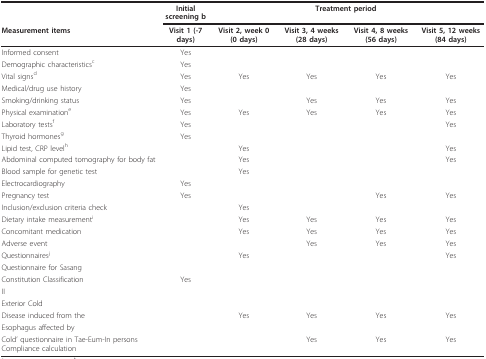
<table><thead><tr><td></td><td><b>Initial screening b</b></td><td></td><td colspan="2"><b>Treatment period</b></td><td></td></tr><tr><td><b>Measurement items</b></td><td><b>Visit 1 (-7 days)</b></td><td><b>Visit 2, week 0 (0 days)</b></td><td><b>Visit 3, 4 weeks (28 days)</b></td><td><b>Visit 4, 8 weeks (56 days)</b></td><td><b>Visit 5, 12 weeks (84 days)</b></td></tr></thead><tbody><tr><td>Informed consent</td><td>Yes</td><td></td><td></td><td></td><td></td></tr><tr><td>Demographic characteristics<sup>c</sup></td><td>Yes</td><td></td><td></td><td></td><td></td></tr><tr><td>Vital signs<sup>d</sup></td><td>Yes</td><td>Yes</td><td>Yes</td><td>Yes</td><td>Yes</td></tr><tr><td>Medical/drug use history</td><td>Yes</td><td></td><td></td><td></td><td></td></tr><tr><td>Smoking/drinking status</td><td>Yes</td><td></td><td>Yes</td><td>Yes</td><td>Yes</td></tr><tr><td>Physical examination<sup>e</sup></td><td>Yes</td><td>Yes</td><td>Yes</td><td>Yes</td><td>Yes</td></tr><tr><td>Laboratory tests<sup>f</sup></td><td>Yes</td><td></td><td></td><td></td><td>Yes</td></tr><tr><td>Thyroid hormones<sup>g</sup></td><td>Yes</td><td></td><td></td><td></td><td></td></tr><tr><td>Lipid test, CRP level<sup>h</sup></td><td></td><td>Yes</td><td></td><td></td><td>Yes</td></tr><tr><td>Abdominal computed tomography for body fat</td><td></td><td>Yes</td><td></td><td></td><td>Yes</td></tr><tr><td>Blood sample for genetic test</td><td></td><td>Yes</td><td></td><td></td><td></td></tr><tr><td>Electrocardiography</td><td>Yes</td><td></td><td></td><td></td><td></td></tr><tr><td>Pregnancy test</td><td>Yes</td><td></td><td></td><td>Yes</td><td>Yes</td></tr><tr><td>Inclusion/exclusion criteria check</td><td></td><td>Yes</td><td></td><td></td><td></td></tr><tr><td>Dietary intake measurement<sup>i</sup></td><td></td><td>Yes</td><td>Yes</td><td>Yes</td><td>Yes</td></tr><tr><td>Concomitant medication</td><td></td><td>Yes</td><td>Yes</td><td>Yes</td><td>Yes</td></tr><tr><td>Adverse event</td><td></td><td></td><td>Yes</td><td>Yes</td><td>Yes</td></tr><tr><td>Questionnaires<sup>j</sup></td><td></td><td>Yes</td><td></td><td></td><td>Yes</td></tr><tr><td>Questionnaire for Sasang</td><td></td><td></td><td></td><td></td><td></td></tr><tr><td>Constitution Classification</td><td>Yes</td><td></td><td></td><td></td><td></td></tr><tr><td>II</td><td></td><td></td><td></td><td></td><td></td></tr><tr><td>Exterior Cold</td><td></td><td></td><td></td><td></td><td></td></tr><tr><td>Disease induced from the</td><td></td><td>Yes</td><td>Yes</td><td>Yes</td><td>Yes</td></tr><tr><td>Esophagus affected by</td><td></td><td></td><td></td><td></td><td></td></tr><tr><td>Cold&#x27; questionnaire in Tae-Eum-In persons Compliance calculation</td><td></td><td></td><td>Yes</td><td>Yes</td><td>Yes</td></tr></tbody></table>